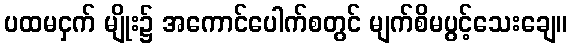
ပထမငှက် မျိုး၌ အကောင်ပေါက်စတွင် မျက်စိမပွင့်သေးချေ။